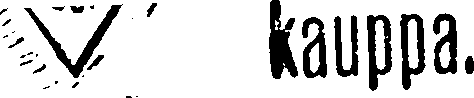
# kauppa.